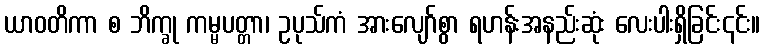
ယာဝတိကာ စ ဘိက္ခု ကမ္မပတ္တာ၊ ဥပုသ်ကံ အားလျော်စွာ ရဟန်းအနည်းဆုံး လေးပါးရှိခြင်း၎င်း။